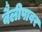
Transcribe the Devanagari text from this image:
वैलीपावर